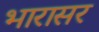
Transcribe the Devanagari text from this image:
भारासर